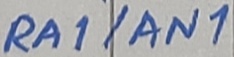
Text: RA1/AN1